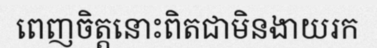
ពេញចិត្តនោះពិតជាមិនងាយរក